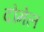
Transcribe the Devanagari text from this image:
दोमेल